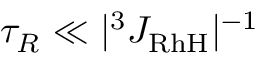
\tau _ { R } \ll | ^ { 3 } J _ { \mathrm { R h H } } | ^ { - 1 }